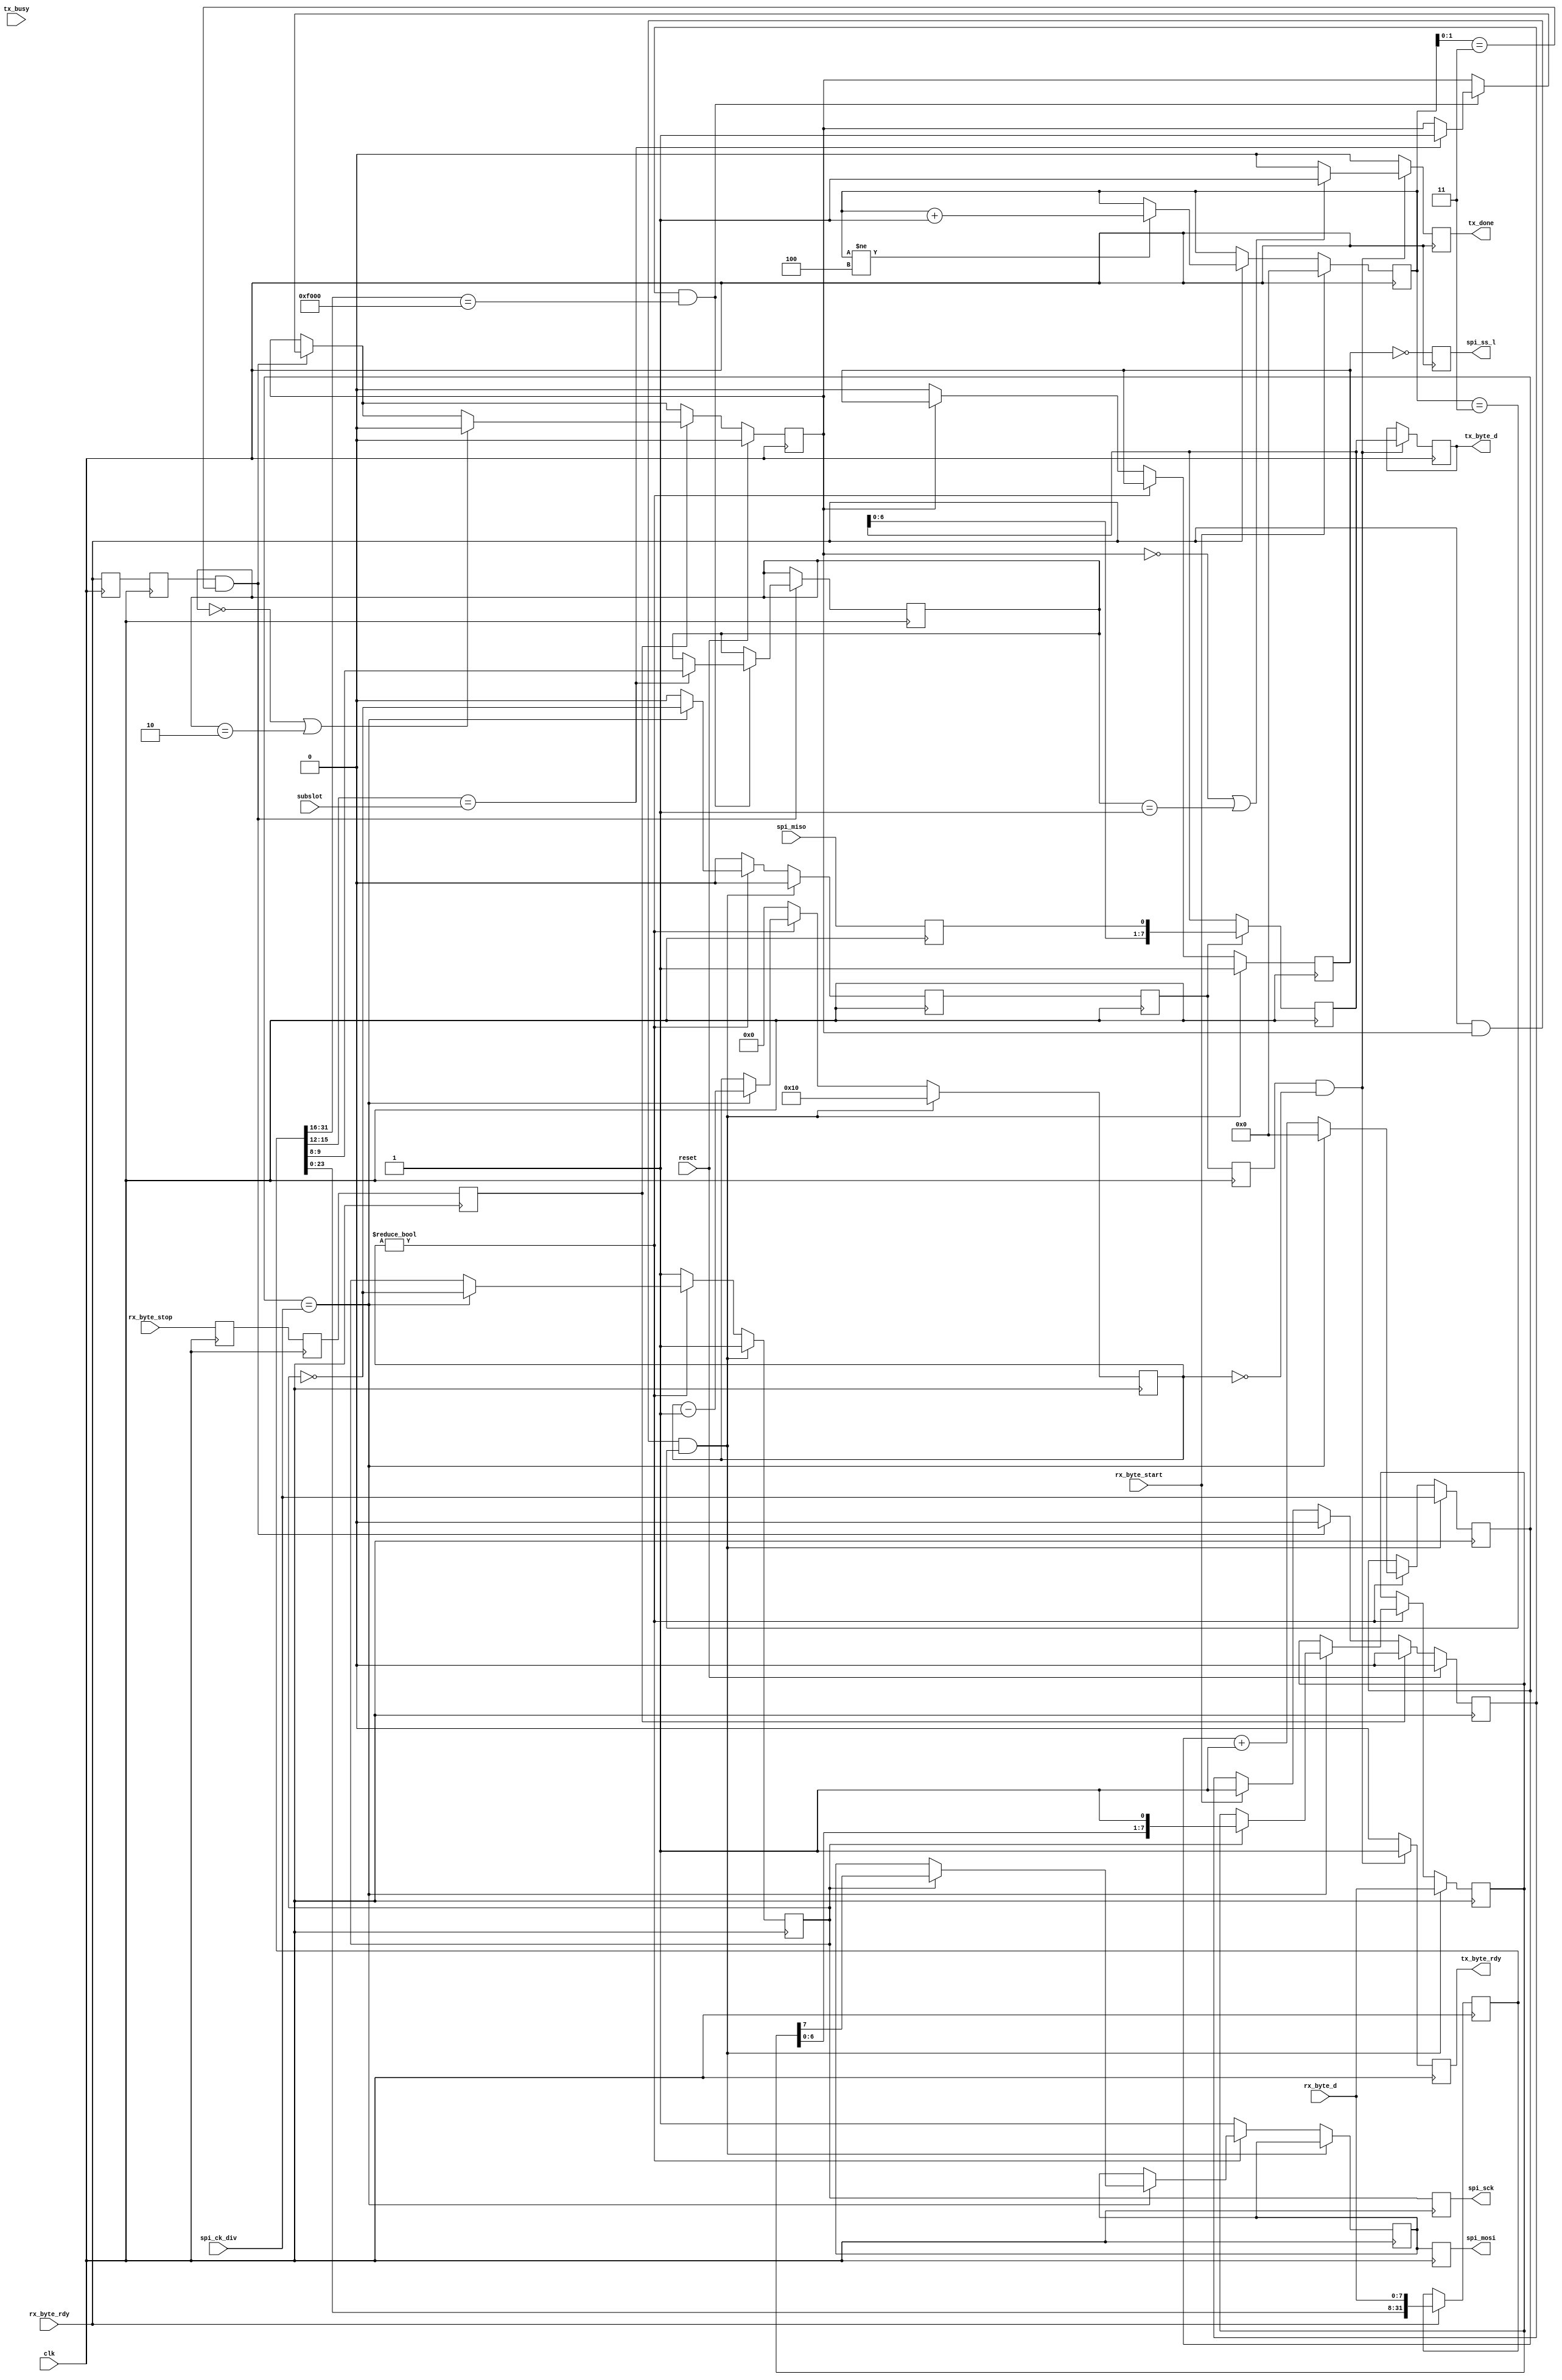
/* ****************************************************************************
-- (C) Copyright 2015 Kevin M. Hubbard @ Black Mesa Labs
-- Source file: mesa2spi.v                
-- Date:        October 4, 2015   
-- Author:      khubbard
-- Language:    Verilog-2001 
-- Description: A Mesa Bus to SPI translator. Uses a Subslot for SPI RDs,WRs.
--
--    "\n"..."FFFF"."(F0-12-34-04)[11223344]\n" : 
--        0xFF = Bus Idle ( NULLs )
--  B0    0xF0 = New Bus Cycle to begin ( Nibble and bit orientation )
--  B1    0x12 = Slot Number, 0xFF = Broadcast all slots, 0xFE = NULL Dest
--  B2    0x3  = Sub-Slot within the chip (0-0xF)
--        0x4  = Command Nibble for Sub-Slot
--  B3    0x04 = Number of Payload Bytes (0-255) : Length of SPI Cycle
--        0x11223344 = Payload
--
--    Sub-Slot Commands
--       0x0 = SPI Write Burst from Mesa to SPI with SPI faster than Mesa
--       0x1 = SPI Cycle : Byte and Continue ( for SPI slower than Mesa )
--       0x2 = SPI Cycle : Last Byte ( deasserts SS after xfer )
--
-- Fast Mode: single LF at end of SPI Cycle
--   Burst        : 0x0
--
-- Slow Mode: LF at end of each byte
--   Single Byte  : 0x2
--   Two Bytes    : 0x1,0x2
--   Three+ Bytes : 0x1,0x1,..0x2
-- 
--
-- Example MesaBus Cycle with 2-Byte Payload:
--   rx_byte_start _/  \___________________________________________
--   rx_byte_rdy   _/  \____/  \____/  \____/  \____/  \____/  \___
--   rx_byte_d     -<F0>----<00>----<00>----<02>----<11>----<22>---
--   rx_byte_stop  _________________________________________/  \__
--
-- Revision History:
-- Ver#  When      Who      What
-- ----  --------  -------- ---------------------------------------------------
-- 0.1   10.04.15  khubbard Creation
-- ***************************************************************************/
`default_nettype none // Strictly enforce all nets to be declared
                                                                                
module mesa2spi
(
  input  wire         clk,
  input  wire         reset,
  input  wire [3:0]   subslot,
  input  wire         rx_byte_start,
  input  wire         rx_byte_stop,
  input  wire         rx_byte_rdy,
  input  wire [7:0]   rx_byte_d,
  output reg  [7:0]   tx_byte_d,
  output reg          tx_byte_rdy,
  output reg          tx_done,
  input  wire         tx_busy,

  input  wire [3:0]   spi_ck_div,
  output reg          spi_sck,
  input  wire         spi_miso,
  output reg          spi_mosi,
  output reg          spi_ss_l

); // module mesa2spi


  reg [3:0]     byte_cnt;
  reg [31:0]    dword_sr;
  reg           rx_byte_rdy_p1;
  reg           rx_byte_rdy_p2;
  reg           rx_byte_rdy_p3;
  reg           rx_byte_stop_p1;
  reg           rx_byte_stop_p2;
  reg           rx_byte_stop_p3;
  reg           spi_ck_loc;
  reg           spi_cycle_jk;
  reg [4:0]     spi_halfbit_cnt;
  reg [3:0]     spi_ck_cnt;
  reg [7:0]     spi_mosi_sr;
  reg [7:0]     spi_miso_sr;
  reg           spi_miso_loc;
  reg           dword_rdy;
  reg           header_jk;
  reg           spi_mosi_loc;
  reg           spi_ss_loc;
  reg           sample_miso;
  reg           sample_miso_p1;
  reg           sample_miso_p2;
  reg [1:0]     mesa_cmd;


//-----------------------------------------------------------------------------
// Convert a MesaBus payload into SPI bus cycles
//-----------------------------------------------------------------------------
always @ ( posedge clk ) begin : proc_lb1
 rx_byte_rdy_p1  <= rx_byte_rdy;
 rx_byte_rdy_p2  <= rx_byte_rdy_p1;
 rx_byte_rdy_p3  <= rx_byte_rdy_p2;
 rx_byte_stop_p1 <= rx_byte_stop;
 rx_byte_stop_p2 <= rx_byte_stop_p1;
 rx_byte_stop_p3 <= rx_byte_stop_p2;
 dword_rdy       <= 0;

 if ( rx_byte_start == 1 ) begin
   byte_cnt     <= 4'd0;
   header_jk    <= 1;
 end else if ( rx_byte_rdy == 1 ) begin 
   if ( byte_cnt[3:0] != 4'd4 ) begin
     byte_cnt <= byte_cnt + 1; 
   end
 end 

 // Shift bytes into a 32bit SR
 if ( rx_byte_rdy == 1 ) begin 
   dword_sr[31:0] <= { dword_sr[23:0], rx_byte_d[7:0] };
 end

 // After we have 4 bytes, look for Slot=00,SubSlot=n,Command=m 
 if ( rx_byte_rdy_p2 == 1 && byte_cnt[1:0] == 2'd3 ) begin
   header_jk <= 0;
   dword_rdy <= 1;
   // Note: This doesn't handle slot broadcast - only direct for LB Access
   if ( header_jk == 1 && dword_sr[31:16] == 16'hF000 ) begin
     if ( dword_sr[15:12] == subslot[3:0] ) begin
       spi_cycle_jk  <= 1;
       mesa_cmd[1:0] <= dword_sr[9:8];
     end
   end 
 end // if ( rx_byte_rdy_p2 == 1 && byte_cnt[1:0] == 2'd3 ) begin

 if ( rx_byte_stop_p3 == 1 ) begin
   header_jk    <= 0;
   if ( mesa_cmd == 2'd0 || mesa_cmd == 2'd2 ) begin
     spi_cycle_jk <= 0;
   end
 end
 if ( reset == 1 ) begin
   spi_cycle_jk <= 0;
   header_jk    <= 0;
 end
 
end // proc_lb1


//-----------------------------------------------------------------------------
// Convert incoming bytes into SPI bytes at specified clock divisor rate
//-----------------------------------------------------------------------------
always @ ( posedge clk ) begin : proc_lb2
 sample_miso    <= 0;
 sample_miso_p1 <= sample_miso;
 sample_miso_p2 <= sample_miso_p1;
 tx_byte_rdy    <= 0;
 tx_done        <= 0;
 if ( rx_byte_rdy == 1 && spi_cycle_jk == 1 && byte_cnt[3:0] == 4'd3 ) begin
   spi_mosi_sr     <= rx_byte_d[7:0];
   spi_halfbit_cnt <= 5'd16;
   spi_ck_cnt      <= 4'd0;
   spi_ck_loc      <= 1;
   spi_ss_loc      <= 1;
   spi_ck_cnt      <= spi_ck_div[3:0];
 end else if ( spi_halfbit_cnt != 5'd0 ) begin
   // actions happen when clock half period counter reaches 0
   if ( spi_ck_cnt == spi_ck_div[3:0] ) begin
     spi_halfbit_cnt <= spi_halfbit_cnt - 1;
     spi_ck_cnt      <= 4'd0;
     spi_ck_loc      <= ~spi_ck_loc;
     // Shift new data out on falling clock edge
     if ( spi_ck_loc == 1 ) begin
       spi_mosi_sr  <= { spi_mosi_sr[6:0], 1'b1 };
       spi_mosi_loc <= spi_mosi_sr[7];
     end
     sample_miso <= ~ spi_ck_loc;
   end else begin
     spi_ck_cnt <= spi_ck_cnt[3:0] + 1;
   end 
 end else begin
   spi_halfbit_cnt <= 5'd0;
   spi_ck_loc      <= 1;
   spi_mosi_loc    <= 1;
   if ( spi_cycle_jk == 0 ) begin
     spi_ss_loc <= 0;
   end
 end
 if ( sample_miso_p1 == 1 ) begin
   spi_miso_sr  <= { spi_miso_sr[6:0], spi_miso_loc };
// spi_miso_sr  <= { spi_miso_sr[6:0], spi_mosi_loc };// Just for sims
 end
 if ( sample_miso_p2 == 1 && spi_halfbit_cnt == 5'd0 ) begin
  tx_byte_d   <= spi_miso_sr[7:0];
  tx_byte_rdy <= 1;
  if ( spi_cycle_jk == 0 ||
       mesa_cmd == 2'd1     ) begin
    tx_done <= 1;// Queue up a \n LF
  end
 end

 spi_ss_l     <= ~ spi_ss_loc;
 spi_sck      <= spi_ck_loc;
 spi_mosi     <= spi_mosi_loc;
 spi_miso_loc <= spi_miso;

end // proc_lb2


endmodule // mesa2spi